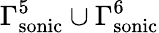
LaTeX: \Gamma_{\mathrm{{sonic}}}^{5}\cup\Gamma_{\mathrm{{sonic}}}^{6}